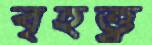
বৃহত্ত্ব